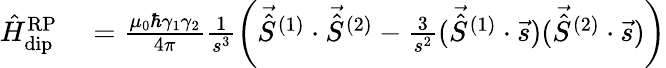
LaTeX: \begin{array}{rl}{\hat{H}_{\mathrm{dip}}^{\mathrm{RP}}}&{{}=\frac{\mu_{0}\hbar\gamma_{1}\gamma_{2}}{4\pi}\frac{1}{s^{3}}\left(\vec{\hat{S}}^{(1)}\cdot\vec{\hat{S}}^{(2)}-\frac{3}{s^{2}}(\vec{\hat{S}}^{(1)}\cdot\vec{s})(\vec{\hat{S}}^{(2)}\cdot\vec{s})\right)}\end{array}